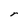
Character: r